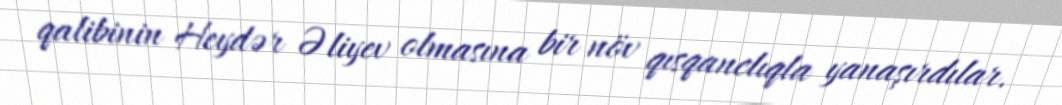
qalibinin Heydər Əliyev olmasına bir növ qısqanclıqla yanaşırdılar.